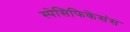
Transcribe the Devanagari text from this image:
स्पेसिफिकेसंस